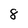
Character: 8